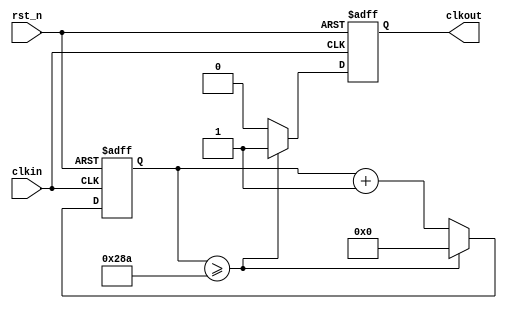
`timescale 1ns / 1ps
//////////////////////////////////////////////////////////////////////////////////
// Company: Tianjin University
// 
// Design Name: 
// Module Name: clk_baudrate
// Project Name: 
// Target Devices: 
// Tool Versions: 
// Description: 
// 
// Dependencies: 
// 
// Revision:
// Revision 0.01 - File Created
// Additional Comments:
// 
//////////////////////////////////////////////////////////////////////////////////


module clk_baudrate(
    clkin,
    rst_n,
    clkout);
    
input    clkin;
input    rst_n; 
output   clkout;
reg      clkout;

parameter   clks=100000000;   
parameter   baudrate = 9600;  
wire [31:0]cntmax;
integer  cnt;

assign    cntmax = (clks / baudrate / 16) - 1;           
always @(posedge clkin or negedge rst_n)
    if(!rst_n)                          
    begin   
        clkout <= 0;  cnt <=0;        	   
    end
    else if(cnt >= cntmax)    
        begin  
            clkout <= 1;  
            cnt <= 0;       	   
        end
    else
    begin  
        clkout <= 0; 
        cnt <= cnt+1'b1;  
    end

endmodule